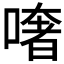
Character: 𠾏